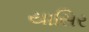
યાસિર